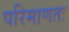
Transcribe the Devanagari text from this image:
परिमाणतः